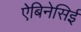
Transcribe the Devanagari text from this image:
ऐबिनेसिई